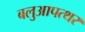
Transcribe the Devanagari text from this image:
बलुआपत्थर